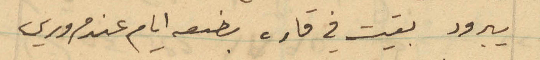
يبرود بقيت في قاره بضعه ايام عند مروري